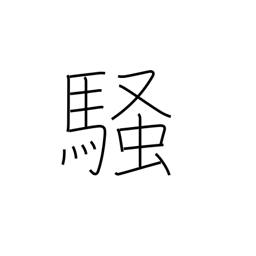
Meaning: excite